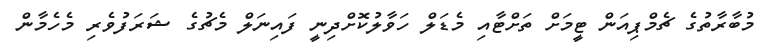
މުބާރާތުގެ ޗެމްޕިއަން ޓީމަށް ތަށްޓާއި މެޑަލް ހަވާލުކޮށްދިނީ ފައިނަލް މެޗުގެ ޝަރަފުވެރި މެހެމާން